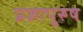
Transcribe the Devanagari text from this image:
प्रज्ञापुरुष